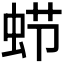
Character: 𮔂